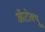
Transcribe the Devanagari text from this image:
ऑटोक्यू